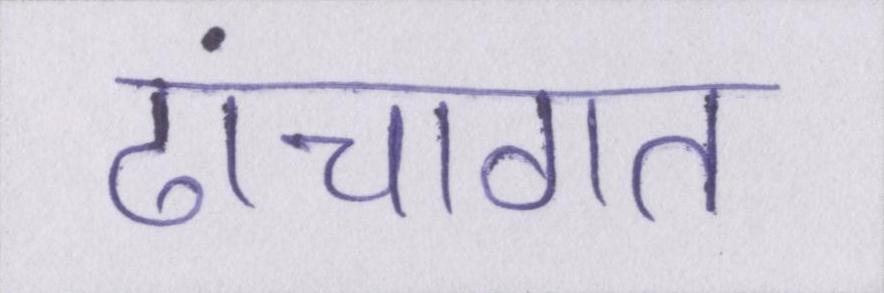
ढांचागत